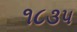
૧૮૩૫